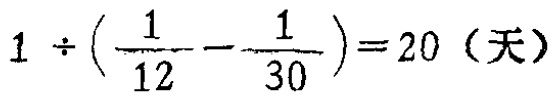
\(1\div(\frac{1}{12}-\frac{1}{30}) = 20 \text{（天）}\)